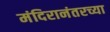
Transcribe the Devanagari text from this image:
मंदिरानंतरच्या